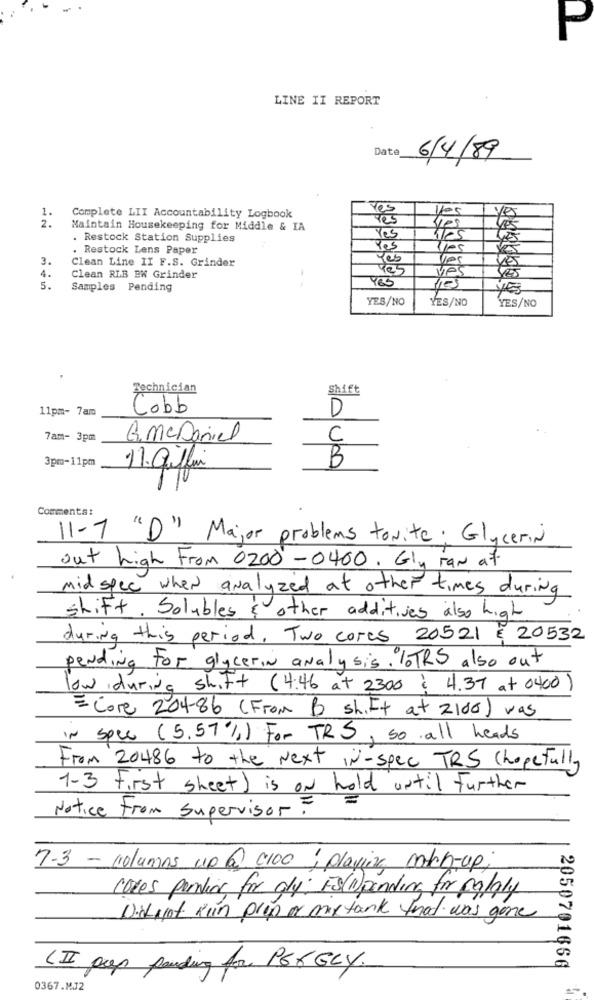
P
LINE II REPORT
Date
6/4/89
1.
yes
2.
Complete LII Accountability Logbook
Yes
Maintain Housekeeping for Middle & IA
Yes
tos
. Restock Station Supplies
Yes
lles
Restock Lens Paper
Yes
3.
Clean Line II F.S. Grinder
Yes
Yes
4.
Yes
ves
Clean RLB EN Grinder
5.
Samples Pending
Yes
YES/NO
YES/NO
YES/NO
Technician
Shift
11pm- 7am
Cobb
D
7am- 3pm
G.mcDaniel
C
3pm-11pm
B
11. giflui
Comments:
11-7 "D" Major problems tonite: Glycerin
out high From 0200 - 0400. Gly ran at
Mid spec when analyzed at other times during
shift. Solubles & other additives also high
during this period. Two cores 20521 & 20532
pending For glycerin analysis. loTRS also out
low during shift (4:46 at 2300 : 4.37 at 0400
- Core 204-86 (From B sh.It at 2100) was
IN Spee (5.57%) For TRS, so all heads
From 20486 to the Next in-spec TRS Chopefully
1-3 First sheet) is on hold until Further
Notice From Supervisor?
7.3 - columns up 6 (100; playing match-up;
coves pernline for aly: ES(pending for falaly
Did not Run propor max tank that was gone
(II pcp pending for 166 GLY.
2050701666
0367.MJ2